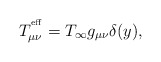
\begin{align*}T^{^{\rm eff}}_{\mu\nu} = T_\infty g_{\mu\nu} \delta(y),\end{align*}